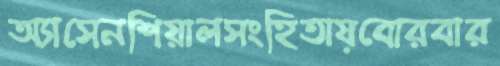
অ্যাসেনশিয়ালসংহিতায়বোরবার